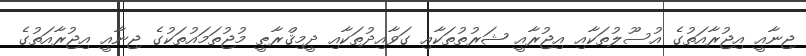
ޖިނާއީ އިޖުރާއަތުގެ އުސޫލުތަކާއި އިޖުރާއީ ޝަރުތުތަކާއި ގަވާއިދުތަކާއި ދީމިޤްރާޠީ މުޖުތަމައުތަކުގެ ޖިނާއީ އިޖުރާއަތުގެ